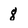
Character: 8